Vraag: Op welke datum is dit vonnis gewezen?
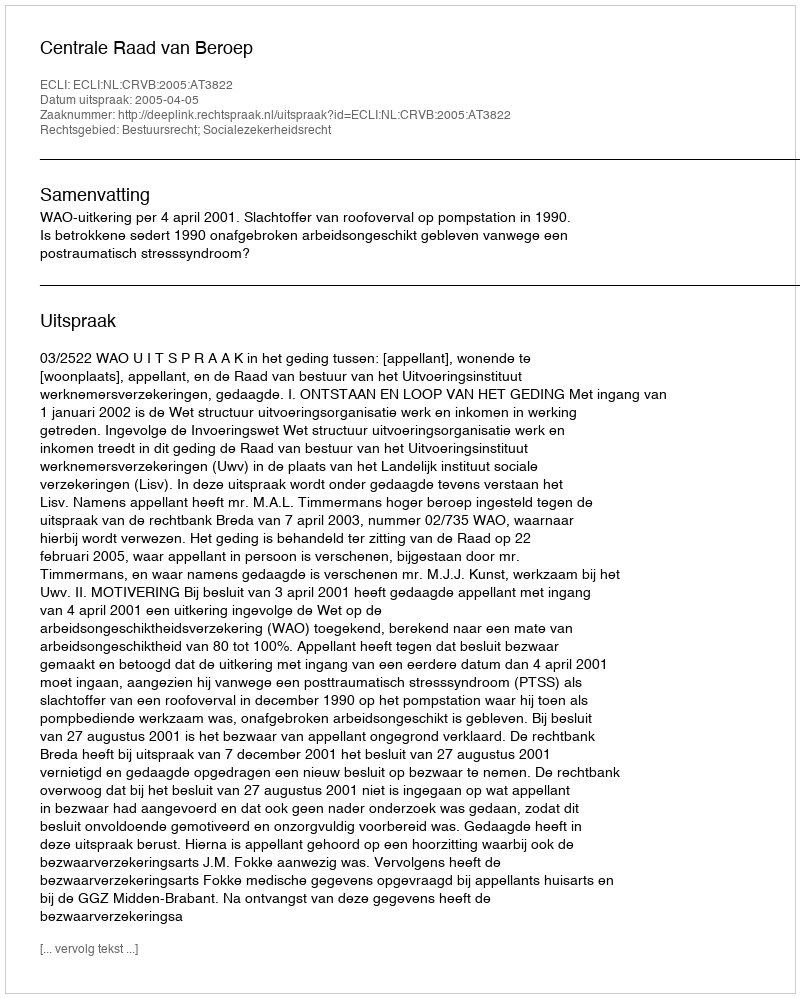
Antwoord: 2005-04-05